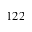
1 2 2